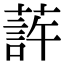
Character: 䔓